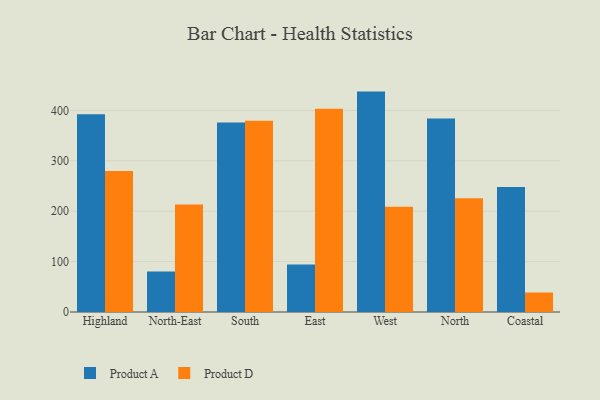
{"axis": {"x": "Region", "y": "Demand Index"}, "legend": ["Product A", "Product D"], "data": [{"x": "Highland", "y": 392.3, "type": "Product A"}, {"x": "Highland", "y": 279.8, "type": "Product D"}, {"x": "North-East", "y": 80.5, "type": "Product A"}, {"x": "North-East", "y": 213.1, "type": "Product D"}, {"x": "South", "y": 376.1, "type": "Product A"}, {"x": "South", "y": 379.4, "type": "Product D"}, {"x": "East", "y": 94.2, "type": "Product A"}, {"x": "East", "y": 403.1, "type": "Product D"}, {"x": "West", "y": 437.3, "type": "Product A"}, {"x": "West", "y": 208.7, "type": "Product D"}, {"x": "North", "y": 383.9, "type": "Product A"}, {"x": "North", "y": 225.6, "type": "Product D"}, {"x": "Coastal", "y": 247.9, "type": "Product A"}, {"x": "Coastal", "y": 38.7, "type": "Product D"}]}